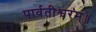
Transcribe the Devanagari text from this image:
पार्वतीश्वरम्॥